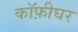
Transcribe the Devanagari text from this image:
कॉफ़ीघर